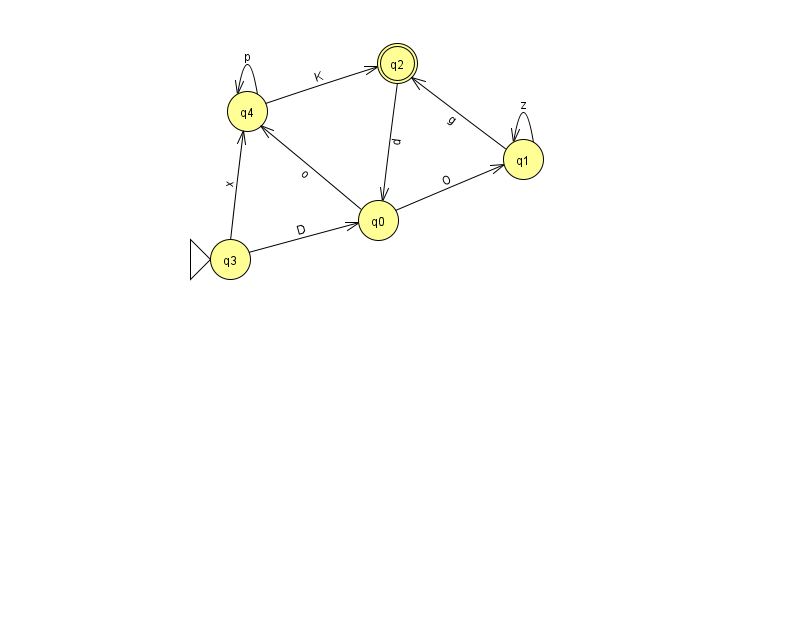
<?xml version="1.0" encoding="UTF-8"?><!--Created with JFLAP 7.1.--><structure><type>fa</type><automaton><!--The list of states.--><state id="0" name="q0"><x>378.0</x><y>207.0</y></state><state id="1" name="q1"><x>523.0</x><y>146.0</y></state><state id="2" name="q2"><x>397.0</x><y>50.0</y><final/></state><state id="3" name="q3"><x>230.0</x><y>246.0</y><initial/></state><state id="4" name="q4"><x>247.0</x><y>98.0</y></state><!--The list of transitions.--><transition><from>4</from><to>4</to><read>p</read></transition><transition><from>1</from><to>2</to><read>g</read></transition><transition><from>2</from><to>0</to><read>d</read></transition><transition><from>4</from><to>2</to><read>K</read></transition><transition><from>0</from><to>4</to><read>o</read></transition><transition><from>1</from><to>1</to><read>z</read></transition><transition><from>3</from><to>0</to><read>D</read></transition><transition><from>3</from><to>4</to><read>x</read></transition><transition><from>0</from><to>1</to><read>O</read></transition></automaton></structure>